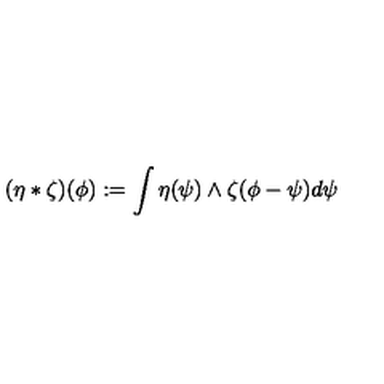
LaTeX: ( \eta * \zeta ) ( \phi ) : = \int \eta ( \psi ) \wedge \zeta ( \phi - \psi ) d \psi